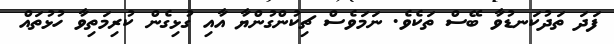
ފަދަ ތަދުކަނޑުވާ ބޭސް ތަކެވެ. ނަމަވެސް ޗިކުންގުންޔާ އާއި ގުޅިގެން ކުރިމަތިވާ ހުޅުތައް